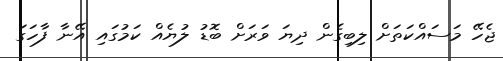
ޖެހޭ މަސައްކަތަށް ލިބިގެން ދިޔަ ވަރަށް ބޮޑު ލުޔެއް ކަމުގައި އޭނާ ފާހަގަ